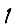
Digit: 1